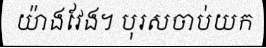
យ៉ាងវែង។ បុរសចាប់យក